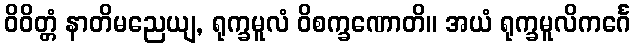
ဝိဝိတ္တံ နာတိမညေယျ, ရုက္ခမူလံ ဝိစက္ခဏောတိ။ အယံ ရုက္ခမူလိကင်္ဂေ